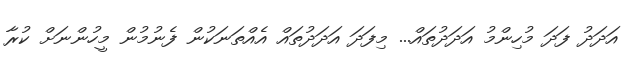
އަދަދު ފަދަ މުހިންމު އަދަދުތައް... މިފަދަ އަދަދުތައް އެއްތަނަކުން ފެނުމުން މީހުންނަށް ކުރާ